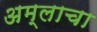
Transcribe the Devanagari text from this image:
अम्‍लाचा